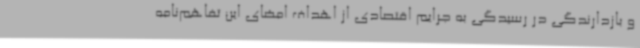
و بازدارندگی در رسیدگی به جرایم اقتصادی از اهداف امضای این تفاهم‌نامه